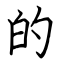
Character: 的